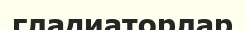
гладиаторлар